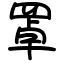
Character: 罩